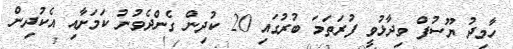
ހާމިދު ޔޫސުފް ވިދާޅުވީ ފުރަތަމަ ބުރުގައި 20 ކުދިން ގެންދެވުނު ކަމަށާއި އެކުދިން